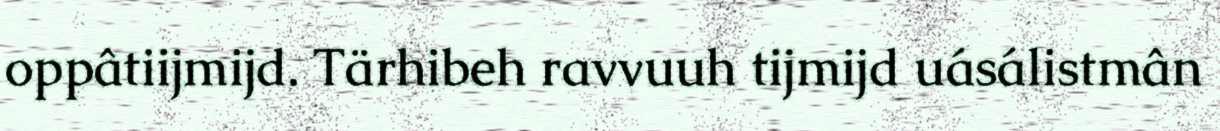
oppâtiijmijd. Tärhibeh ravvuuh tijmijd uásálistmân